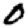
Digit: 0